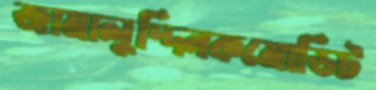
জামালুদ্দিনকমোডিট